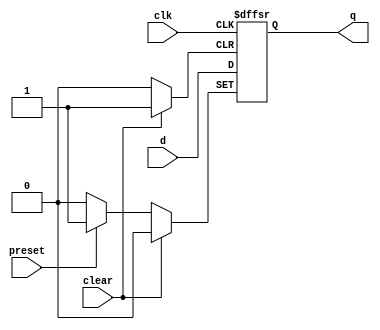
module dffsr2_sub(clk, preset, clear, d, q);
input clk, preset, clear, d;
output reg q;
always @(posedge clk, posedge preset, posedge clear) begin
	if (preset)
		q <= 1;
	else if (clear)
		q <= 0;
	else
		q <= d;
end
endmodule